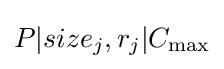
P|size_{j},r_{j}|C_{\max }